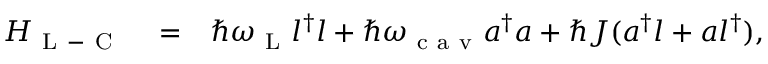
\begin{array} { r l r } { H _ { \mathrm { ~ L ~ } - \mathrm { ~ C ~ } } } & { { } = } & { \hbar \omega _ { \mathrm { ~ L ~ } } l ^ { \dagger } l + \hbar \omega _ { \mathrm { ~ c ~ a ~ v ~ } } a ^ { \dagger } a + \hbar J ( a ^ { \dagger } l + a l ^ { \dagger } ) , } \end{array}